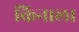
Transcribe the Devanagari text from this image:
किनाला